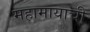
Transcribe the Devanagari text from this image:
महामायाची